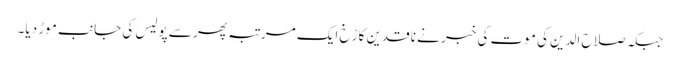
جبکہ صلاح الدین کی موت کی خبر نے ناقدین کا رْخ ایک مرتبہ پھر سے پولیس کی جانب موڑ دیا۔